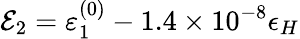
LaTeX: \mathcal{E}_{2}=\varepsilon_{1}^{(0)}-1.4\times 10^{-8}\epsilon_{H}